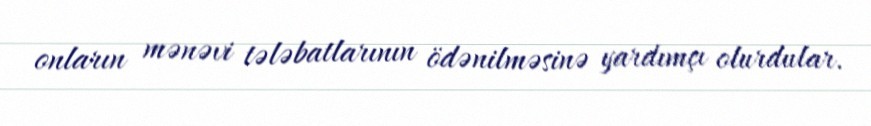
onların mənəvi tələbatlarının ödənilməsinə yardımçı olurdular.